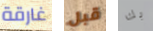
غارقة قبل بك